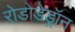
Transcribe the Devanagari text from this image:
रोडोडेड्रॉन